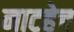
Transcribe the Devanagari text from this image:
नाटहेच